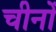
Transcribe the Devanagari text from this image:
चीनों